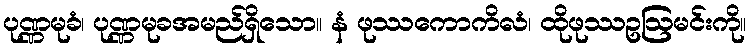
ပုဏ္ဏမုခံ၊ ပုဏ္ဏမုခအမည်ရှိသော။ နံ ဖုဿကောကိလံ၊ ထိုဖုဿဥဩမင်းကို။